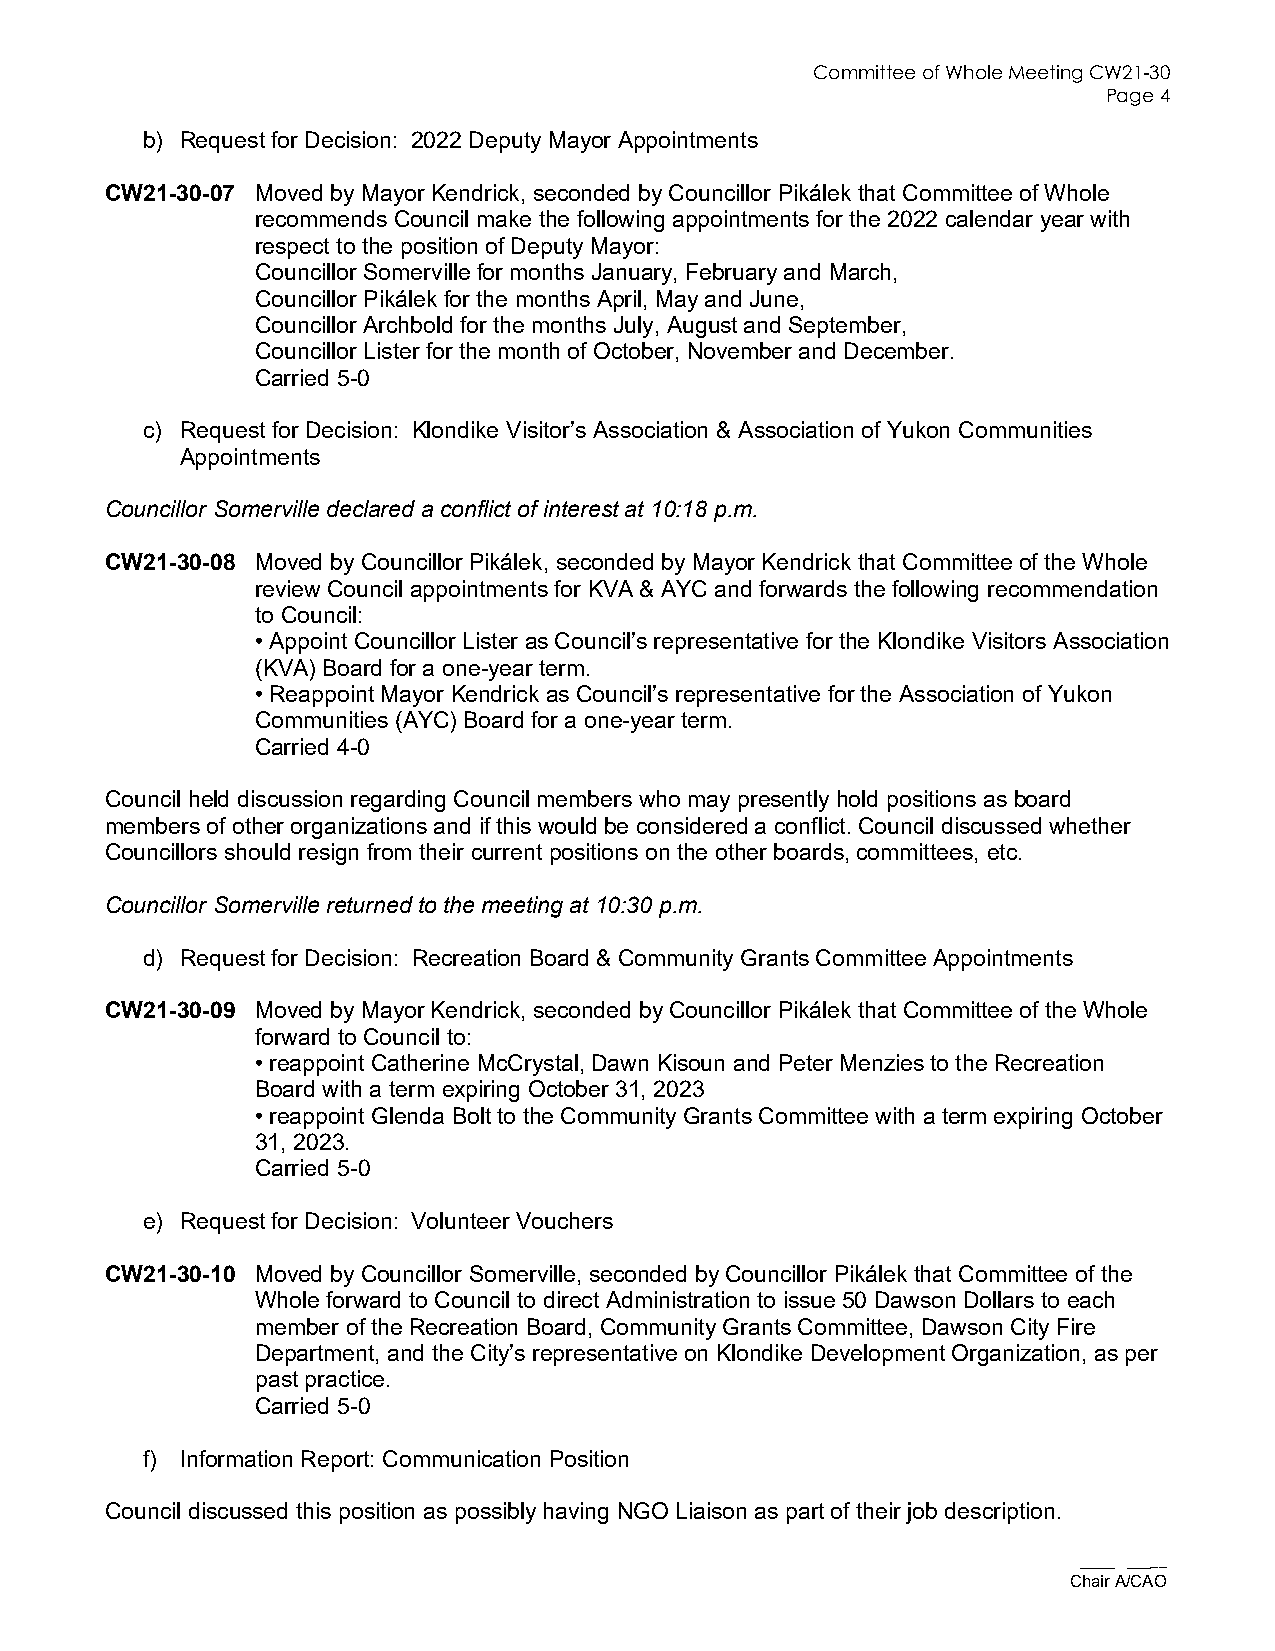
Committee of Whole Meeting CW21-30
 Page 4
 b) Request for Decision: 2022 Deputy Mayor Appointments
 CW21-30-07 Moved by Mayor Kendrick, seconded by Councillor Pikálek that Committee of Whole
 recommends Council make the following appointments for the 2022 calendar year with
 respect to the position of Deputy Mayor:
 Councillor Somerville for months January, February and March,
 Councillor Pikálek for the months April, May and June,
 Councillor Archbold for the months July, August and September,
 Councillor Lister for the month of October, November and December.
 Carried 5-0
 c) Request for Decision: Klondike Visitor’s Association & Association of Yukon Communities
 Appointments
 Councillor Somerville declared a conflict of interest at 10:18 p.m.
 CW21-30-08 Moved by Councillor Pikálek, seconded by Mayor Kendrick that Committee of the Whole
 review Council appointments for KVA & AYC and forwards the following recommendation
 to Council:
 • Appoint Councillor Lister as Council’s representative for the Klondike Visitors Association
 (KVA) Board for a one-year term.
 • Reappoint Mayor Kendrick as Council’s representative for the Association of Yukon
 Communities (AYC) Board for a one-year term.
 Carried 4-0
 Council held discussion regarding Council members who may presently hold positions as board
 members of other organizations and if this would be considered a conflict. Council discussed whether
 Councillors should resign from their current positions on the other boards, committees, etc.
 Councillor Somerville returned to the meeting at 10:30 p.m.
 d) Request for Decision: Recreation Board & Community Grants Committee Appointments
 CW21-30-09 Moved by Mayor Kendrick, seconded by Councillor Pikálek that Committee of the Whole
 forward to Council to:
 • reappoint Catherine McCrystal, Dawn Kisoun and Peter Menzies to the Recreation
 Board with a term expiring October 31, 2023
 • reappoint Glenda Bolt to the Community Grants Committee with a term expiring October
 31, 2023.
 Carried 5-0
 e) Request for Decision: Volunteer Vouchers
 CW21-30-10 Moved by Councillor Somerville, seconded by Councillor Pikálek that Committee of the
 Whole forward to Council to direct Administration to issue 50 Dawson Dollars to each
 member of the Recreation Board, Community Grants Committee, Dawson City Fire
 Department, and the City’s representative on Klondike Development Organization, as per
 past practice.
 Carried 5-0
 f) Information Report: Communication Position
 Council discussed this position as possibly having NGO Liaison as part of their job description.
 ___ ____
 Chair A/CAO